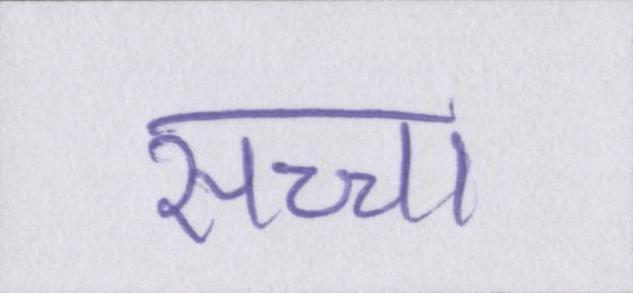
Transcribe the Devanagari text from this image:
सच्चा